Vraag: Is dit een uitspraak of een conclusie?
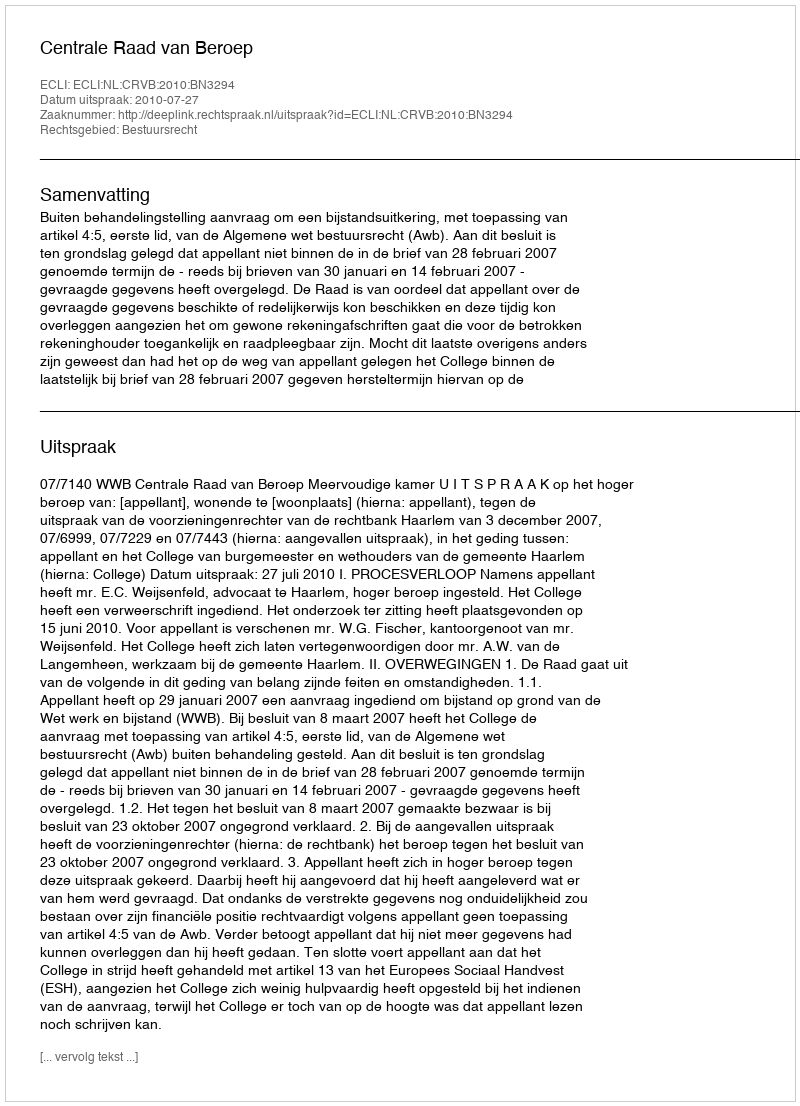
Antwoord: Uitspraak